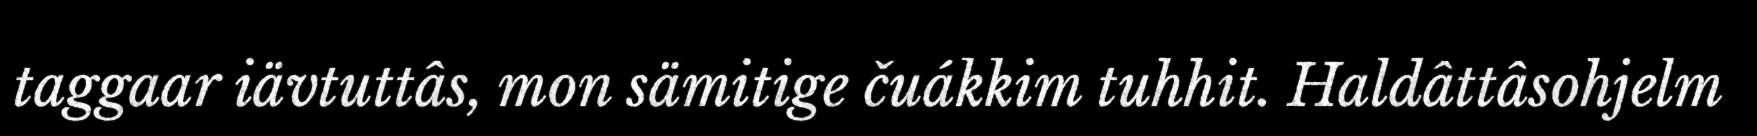
taggaar iävtuttâs, mon sämitige čuákkim tuhhit. Haldâttâsohjelm